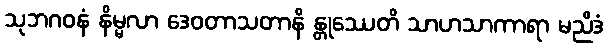
သုဘဂဝနံ နိမ္မလာ ဒေဝတာသတာနိ န္တုဿေတိ သာဟသာကာရာ မညိဒံ